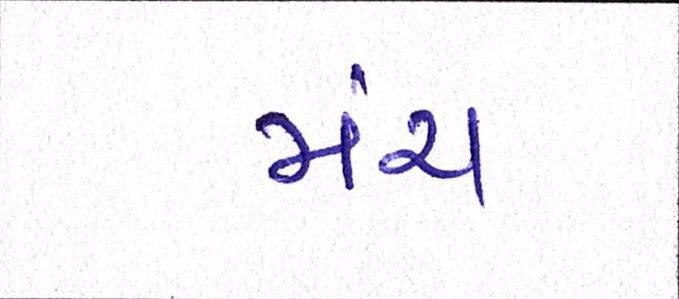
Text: મંચ